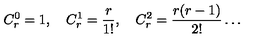
C _ { r } ^ { 0 } = 1 , \quad { } C _ { r } ^ { 1 } = \frac { r } { 1 ! } , \quad { } C _ { r } ^ { 2 } = \frac { r ( r - 1 ) } { 2 ! } \dots